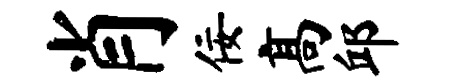
肖佞高邱